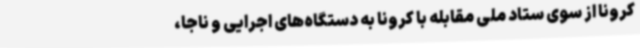
کرونا از سوی ستاد ملی مقابله با کرونا به دستگاه‌های اجرایی و ناجا،